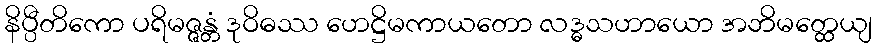
နိပ္ပီတိကော ပရိမဇ္ဇန္တံ ဒုဝိဓဿ ဟေဋ္ဌိမကာယတော လဒ္ဓသဟာယော အဘိမတ္ထေယျ